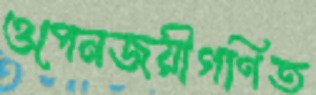
ওপেনজয়ীগণিত